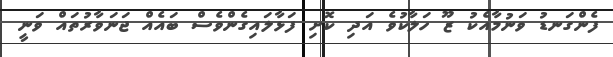
ފެންގަނޑު ވަނުމާއެކު ޒޫ ހަލާކުވެ އަދި ކޮށި ފަޅާލައިގެންވެސް ބައެއް ޖަނަވާރުތައް ވަނީ